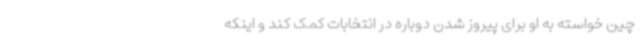
چین خواسته به او برای پیروز شدن دوباره در انتخابات کمک کند و اینکه